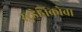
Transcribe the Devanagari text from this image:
स्टुडेनिकोवा